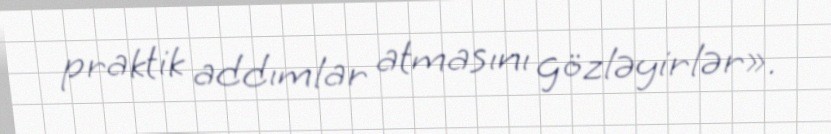
praktik addımlar atmasını gözləyirlər».